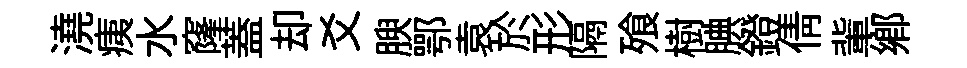
澆痍水窿蓋却爻腴鄂袁於形隔飱樹腆鐙倩軰鄉